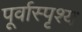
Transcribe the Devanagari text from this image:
पूर्वास्पृश्य